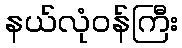
နယ်လုံဝန်ကြီး